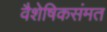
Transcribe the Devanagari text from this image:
वैशेषिकसंमत